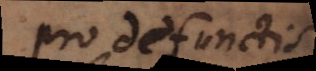
pro defunctis